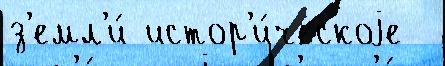
з'емл'и́ истор'и́ческоjе